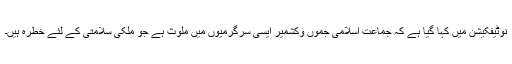
نوٹیفکیشن میں کہا گیا ہے کہ جماعت اسلامی جموں وکشمیر ایسی سرگرمیوں میں ملوث ہے جو ملکی سلامتی کے لئے خطرہ ہیں۔